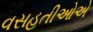
વસહતીઓએ